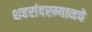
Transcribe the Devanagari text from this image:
शहरांदरम्यानचे